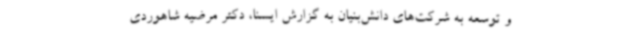
و توسعه به شرکت‌های دانش‌بنیان به گزارش ایسنا، دکتر مرضیه شاهوردی